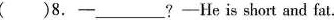
() 8.-___?-He is short and fat.